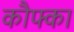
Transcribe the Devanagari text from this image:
कौफ्का